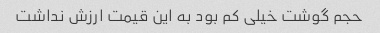
حجم گوشت خیلی کم بود به این قیمت ارزش نداشت